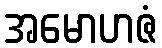
အမောဟဇံ